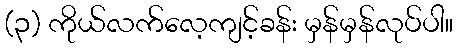
(၃) ကိုယ်လက်လေ့ကျင့်ခန်း မှန်မှန်လုပ်ပါ။